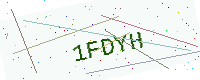
Text: 1FDYH